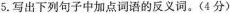
5.写出下列句子中加点词语的反义词。(4分)